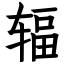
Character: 辐